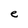
Character: e